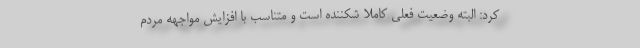
کرد: البته وضعیت فعلی کاملا شکننده است و متناسب با افزایش مواجهه مردم